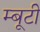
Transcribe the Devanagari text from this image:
म्बूटी